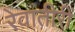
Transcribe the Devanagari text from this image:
रेवातीरीं